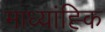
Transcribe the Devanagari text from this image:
माध्यांह्कि